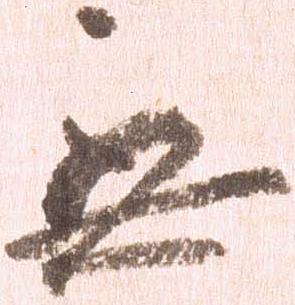
無